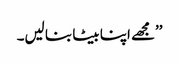
’’مجھے اپنا بیٹا بنا لیں۔